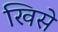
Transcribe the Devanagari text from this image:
खिसे